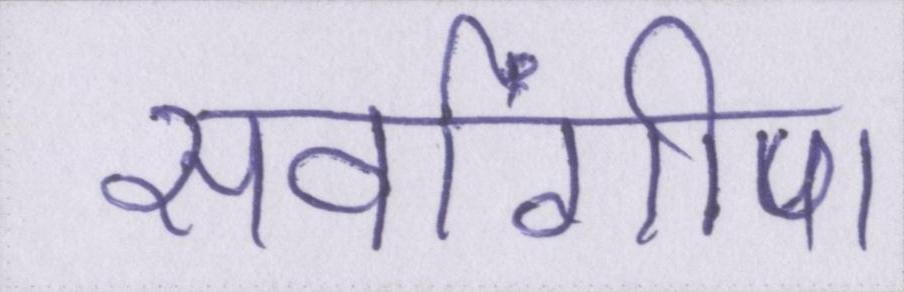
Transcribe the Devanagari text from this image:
सर्वांगीण